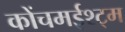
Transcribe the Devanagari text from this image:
कोंचमईश्ट्म